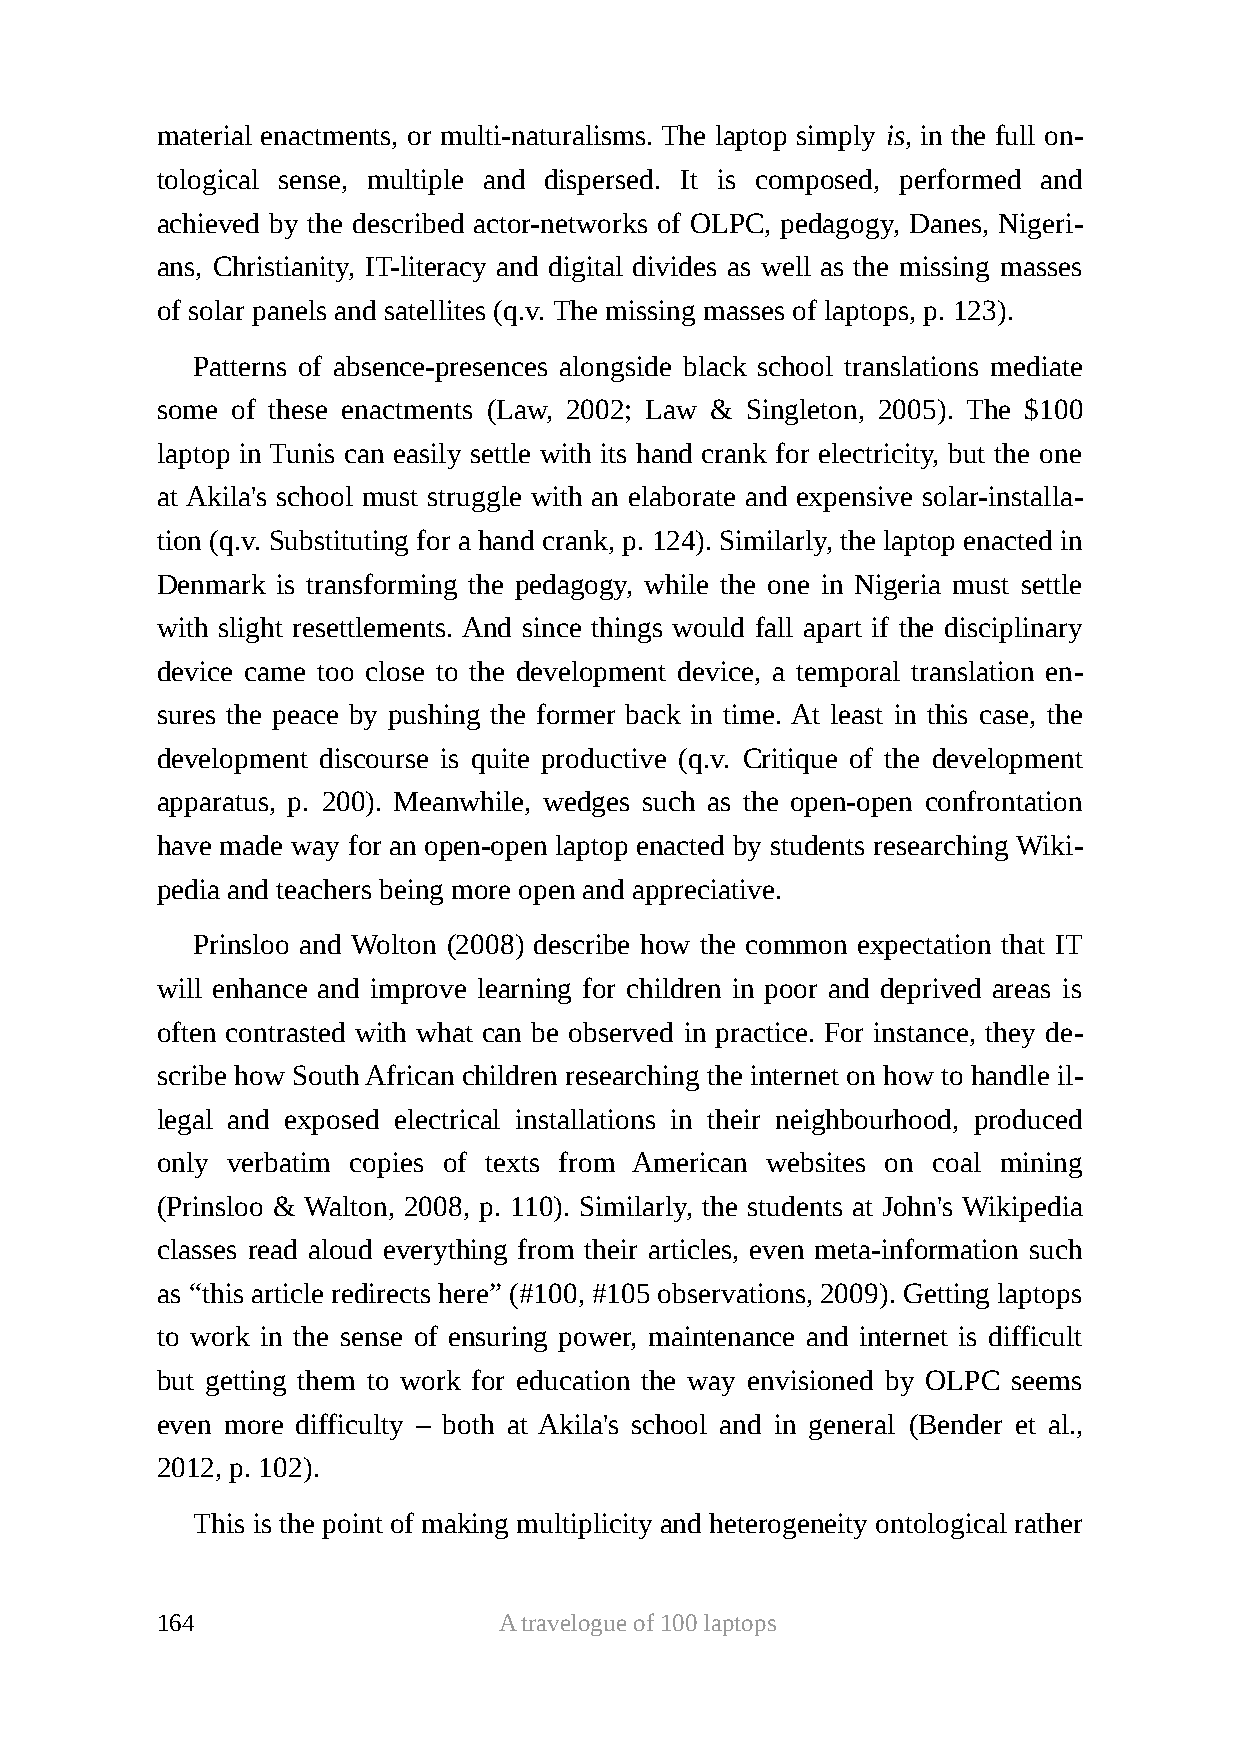
material enactments, or multi-naturalisms. The laptop simply is, in the full on-
 tological sense, multiple and dispersed. It is composed, performed and
 achieved by the described actor-networks of OLPC, pedagogy, Danes, Nigeri-
 ans, Christianity, IT-literacy and digital divides as well as the missing masses
 of solar panels and satellites (q.v. The missing masses of laptops, p. 123).
 Patterns of absence-presences alongside black school translations mediate
 some of these enactments (Law, 2002; Law & Singleton, 2005). The $100
 laptop in Tunis can easily settle with its hand crank for electricity, but the one
 at Akila's school must struggle with an elaborate and expensive solar-installa-
 tion (q.v. Substituting for a hand crank, p. 124). Similarly, the laptop enacted in
 Denmark is transforming the pedagogy, while the one in Nigeria must settle
 with slight resettlements. And since things would fall apart if the disciplinary
 device came too close to the development device, a temporal translation en-
 sures the peace by pushing the former back in time. At least in this case, the
 development discourse is quite productive (q.v. Critique of the development
 apparatus, p. 200). Meanwhile, wedges such as the open-open confrontation
 have made way for an open-open laptop enacted by students researching Wiki-
 pedia and teachers being more open and appreciative.
 Prinsloo and Wolton (2008) describe how the common expectation that IT
 will enhance and improve learning for children in poor and deprived areas is
 often contrasted with what can be observed in practice. For instance, they de-
 scribe how South African children researching the internet on how to handle il-
 legal and exposed electrical installations in their neighbourhood, produced
 only verbatim copies of texts from American websites on coal mining
 (Prinsloo & Walton, 2008, p. 110). Similarly, the students at John's Wikipedia
 classes read aloud everything from their articles, even meta-information such
 as “this article redirects here” (#100, #105 observations, 2009). Getting laptops
 to work in the sense of ensuring power, maintenance and internet is difficult
 but getting them to work for education the way envisioned by OLPC seems
 even more difficulty – both at Akila's school and in general (Bender et al.,
 2012, p. 102).
 This is the point of making multiplicity and heterogeneity ontological rather
 164                    A travelogue of 100 laptops